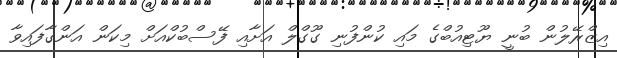
އިޒްރޭލުން ބުނީ ޔޫޓިއުބްގެ މައި ކުންފުނި ގޫގްލް އަށާއި ފޭސްބުކްއަށް މިކަން އަންގާފައިވާ